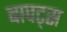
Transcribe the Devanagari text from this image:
बापट्स